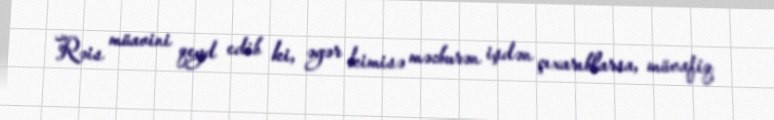
Rəis müavini qeyd edib ki, əgər kimisə məcburən işdən çıxarıblarsa, müvafiq